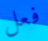
فعل